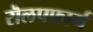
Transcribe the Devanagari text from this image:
रॊलपफार्म